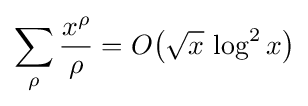
\sum _{\rho }{\frac {x^{\rho }}{\rho }}=O\!\left({\sqrt {x}}\,\log ^{2}x\right)